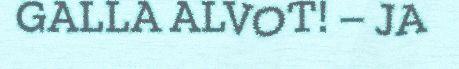
GALLA ALVOT! – JA